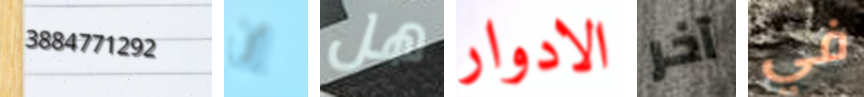
3884771292 إن هل الادوار آخر في